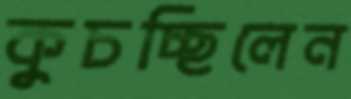
কুচচ্ছিলেন